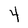
Character: 4